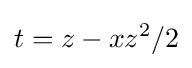
t=z-xz^{2}/2